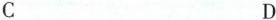
C D